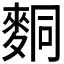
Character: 𪌢